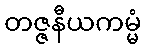
တဇ္ဇနီယကမ္မံ